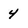
Character: 4